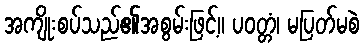
အကျိုးစပ်သည်၏အစွမ်းဖြင့်။ ပဝတ္တံ၊ မပြတ်မစဲ